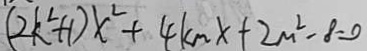
( 2 k ^ { 2 } + 1 ) x ^ { 2 } + 4 k _ { m } x + 2 m ^ { 2 } - 8 = 0